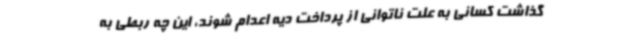
گذاشت کسانی به علت ناتوانی از پرداخت دیه اعدام شوند، این چه ربطی به